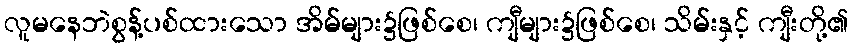
လူမနေဘဲစွန့်ပစ်ထားသော အိမ်များ၌ဖြစ်စေ၊ ကျီများ၌ဖြစ်စေ၊ သိမ်းနှင့် ကျီးတို့၏